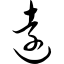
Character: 远